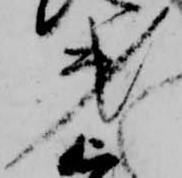
第